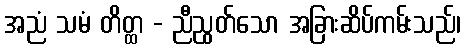
အညံ သမံ တိတ္ထ - ညီညွတ်သော အခြားဆိပ်ကမ်းသည်၊